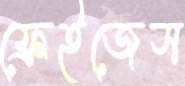
ফ্রেইজেস